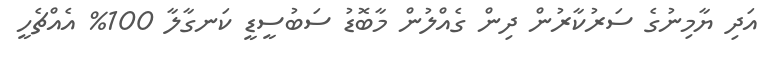
އަދި ޔާމިނުގެ ސަރުކާރުން ދިން ގެއްލުން މާބޮޑު ސަބުސީޑީ ކަނގާލާ 100% އެއްޗެހީ